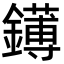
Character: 䥬